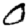
Digit: 0